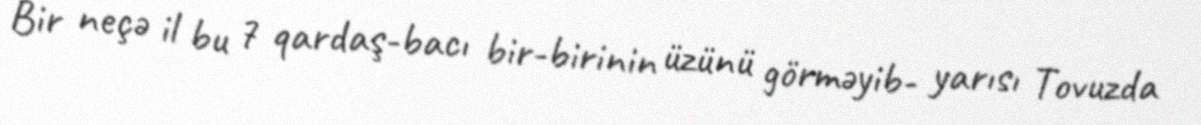
Bir neçə il bu 7 qardaş-bacı bir-birinin üzünü görməyib- yarısı Tovuzda